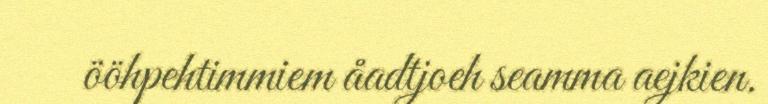
ööhpehtimmiem åadtjoeh seamma aejkien.